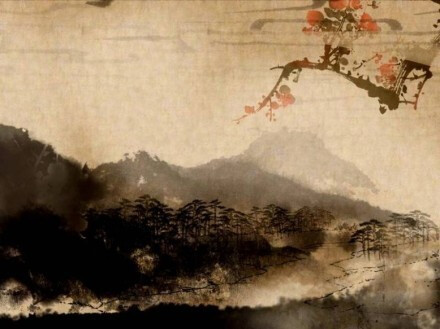
一重山，两重山。山远天高烟水寒，相思枫叶丹。